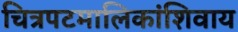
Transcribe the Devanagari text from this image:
चित्रपटमालिकांशिवाय